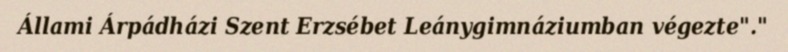
Állami Árpádházi Szent Erzsébet Leánygimnáziumban végezte"."